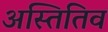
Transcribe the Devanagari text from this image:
अस्तितिव